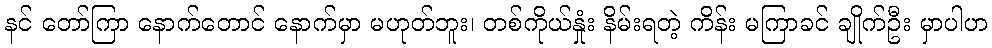
နင် တော်ကြာ နောက်တောင် နောက်မှာ မဟုတ်ဘူး၊ တစ်ကိုယ်နှုံး နိမ်းရတဲ့ ကိန်း မကြာခင် ချိုက်ဦး မှာပါဟ